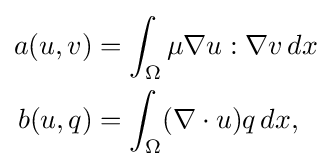
{\begin{aligned}a(u,v)&=\int _{\Omega }\mu \nabla u:\nabla v\,dx\\b(u,q)&=\int _{\Omega }(\nabla \cdot u)q\,dx,\end{aligned}}